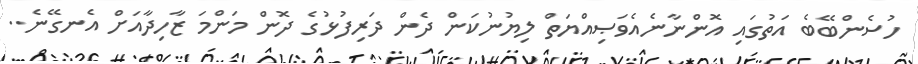
ހުސެންބޭބެ އަތުގައި އޮންނާނެއެވަޞިއްޔަތް ލިޔުނުކަން ދެން ދަރިފުޅުގެ ދޮން މަންމަ ޒާހިދާއަށް އެނގޭނެ..